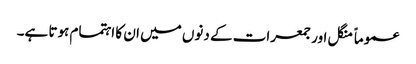
عموماً منگل اور جمعرات کے دنوں میں ان کا اہتمام ہوتا ہے۔